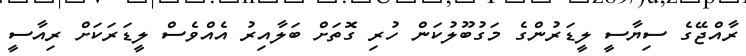
ރާއްޖޭގެ ސިޔާސީ ލީޑަރުންގެ މަގުބޫލުކަން ހުރި ގޮތަށް ބަލާއިރު އެއްވެސް ލީޑަރަކަށް ރިއާސީ